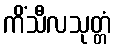
ကိံသီလသုတ္တံ